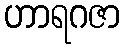
ဟာရဂဇာ